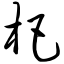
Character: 杷